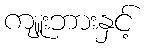
ကျူးဘားနှင့်